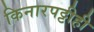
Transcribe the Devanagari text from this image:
किनारपट्टीही